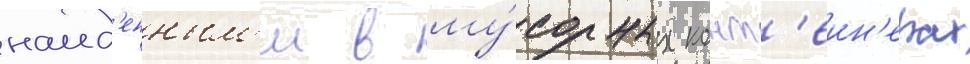
наид'енным'и в му́сорных конт'еин'ерах